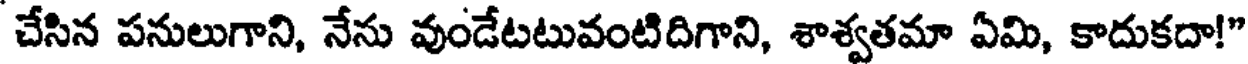
చేసిన పనులుగాని, నేను వుండేటటువంటిదిగాని, శాశ్వతమా ఏమి, కాదుకదా!"